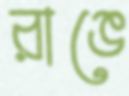
রাঙে